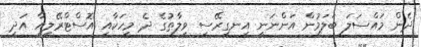
ދެން މައްސަލަ ބަލަމުން އަންނަނީ އިނގިރޭސި ވިލާތުގެ ދެ މީހަކާއި އޮސްޓްރޭލިއާ އަދި